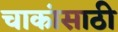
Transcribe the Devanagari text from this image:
चाकांसाठी